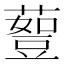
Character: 𰲇